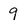
Character: 9